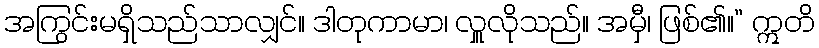
အကြွင်းမရှိသည်သာလျှင်။ ဒါတုကာမာ၊ လှူလိုသည်။ အမှီ၊ ဖြစ်၏။” ဣတိ